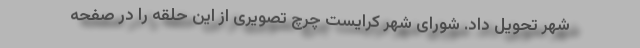
شهر تحویل داد. شورای شهر کرایست چرچ تصویری از این حلقه را در صفحه